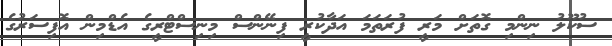
ސުކޫލު ނިންމި ގޮތަށް މަރީ ފުރަތަމަ އަދާކުރީ ފިނޭންސް މިނިސްޓްރީގެ އެޑްމިން އޮފިސަރުގެ